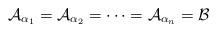
LaTeX: \begin{align*}\mathcal{A}_{\alpha_{1}}=\mathcal{A}_{\alpha_{2}}=\cdots=\mathcal{A}_{\alpha_{n}}=\mathcal{B}\end{align*}